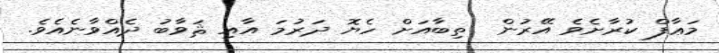
މަޢާފް ކުރާށެވެ އޭރުން  ތިބާއަށް ހެޔޮ ދަރުމަ އާއި ޘަވާބު ދެއްވާނެއެވެ.